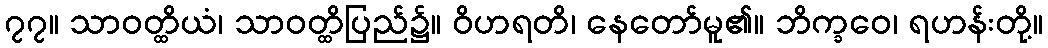
၇၇။ သာဝတ္ထိယံ၊ သာဝတ္ထိပြည်၌။ ဝိဟရတိ၊ နေတော်မူ၏။ ဘိက္ခဝေ၊ ရဟန်းတို့။